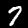
Digit: 7